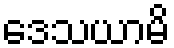
ဒေသယာမိ